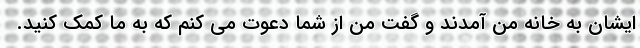
ایشان به خانه من آمدند و گفت من از شما دعوت می کنم که به ما کمک کنید.